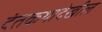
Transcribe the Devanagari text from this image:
दंतकथादेखील